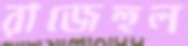
রাজেহুল